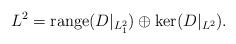
LaTeX: \begin{align*}L^2={\rm range}(D|_{L^2_1})\oplus \ker(D|_{L^2}).\end{align*}